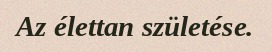
Az élettan születése.